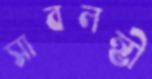
সাবলম্ভী